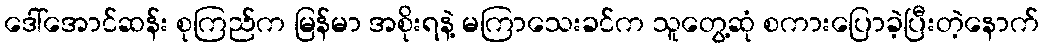
ဒေါ်အောင်ဆန်း စုကြည်က မြန်မာ အစိုးရနဲ့ မကြာသေးခင်က သူတွေ့ဆုံ စကားပြောခဲ့ပြီးတဲ့နောက်